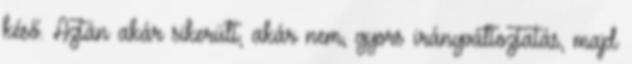
késő. Aztán akár sikerült, akár nem, gyors irányváltoztatás, majd